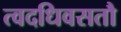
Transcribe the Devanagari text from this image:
त्वदधिवसतौ